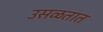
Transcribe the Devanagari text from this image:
उसळतात